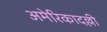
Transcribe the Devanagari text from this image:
अमेरिकादल्ली